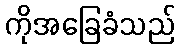
ကိုအခြေခံသည်